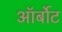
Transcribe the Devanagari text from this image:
ऑर्बोट